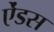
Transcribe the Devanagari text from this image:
ऐंडस